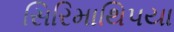
સિરિમાથિપયા